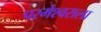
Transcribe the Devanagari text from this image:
परमेश्‍वराला